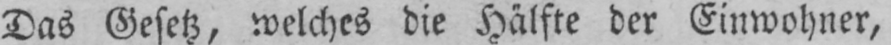
Das Gesetz, welches die Hälfte der Einwohner,